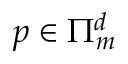
p \in \Pi _ { m } ^ { d }